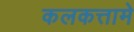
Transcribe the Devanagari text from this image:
कलकत्तामे